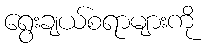
ရွေးချယ်စရာများကို